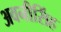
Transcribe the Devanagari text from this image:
अवनीसिंह